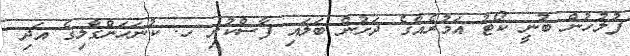
ފުލުހުން ބުނީ ކޯޓު އަމުރެއްގެ ދަށުން ބަލައި ފާސްކުރި ހ. ކުނަހަންގާލިގެ އަދި